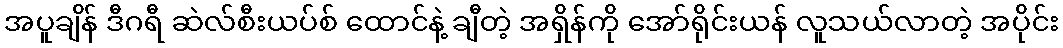
အပူချိန် ဒီဂရီ ဆဲလ်စီးယပ်စ် ထောင်နဲ့ ချီတဲ့ အရှိန်ကို အော်ရိုင်းယန် လူသယ်လာတဲ့ အပိုင်း